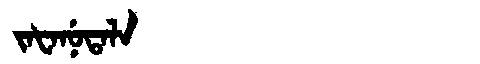
Manchu: ᠵᠠᡶᠠᠨᡠᡨᠠᠯᠠ
Romanization: JAFANUTALA